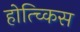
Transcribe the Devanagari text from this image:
होत्च्किस